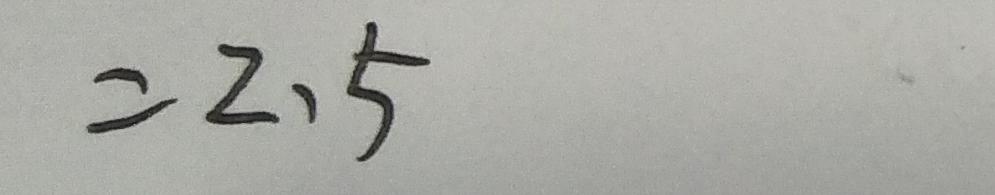
= 2 . 5